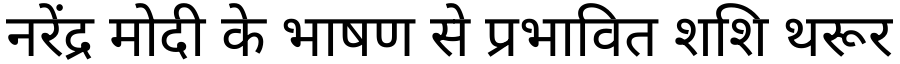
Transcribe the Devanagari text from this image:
नरेंद्र मोदी के भाषण से प्रभावित शशि थरूर